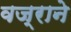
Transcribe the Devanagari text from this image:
वज्राने